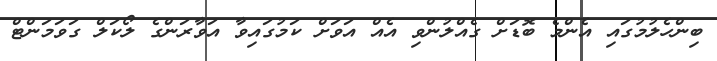
ބިންހެލުމުގައި އެންމެ ބޮޑަށް ގެއްލުންވި އެއް އަވަށް ކަމުގައިވާ އަވާރަންގެ ލޯކަލް ގަވަމަންޓް